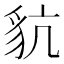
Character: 𧲪